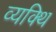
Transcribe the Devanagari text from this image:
व्यक्थि